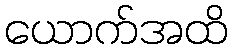
ယောက်အထိ